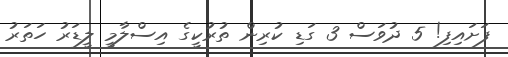
ފަށައިފި! 5 ދުވަސް 3 ގަޑި ކުރިން ތުރުކީގެ އިސްލާމީ ލީޑަރު ހަތަރު